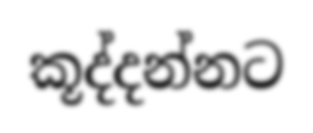
කූද්දන්නට